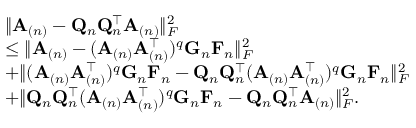
\begin{array} { r l } & { \| \mathbf { A } _ { ( n ) } - \mathbf { Q } _ { n } \mathbf { Q } _ { n } ^ { \top } \mathbf { A } _ { ( n ) } \| _ { F } ^ { 2 } } \\ & { \leq \| \mathbf { A } _ { ( n ) } - ( \mathbf { A } _ { ( n ) } \mathbf { A } _ { ( n ) } ^ { \top } ) ^ { q } \mathbf { G } _ { n } \mathbf { F } _ { n } \| _ { F } ^ { 2 } } \\ & { + \| ( \mathbf { A } _ { ( n ) } \mathbf { A } _ { ( n ) } ^ { \top } ) ^ { q } \mathbf { G } _ { n } \mathbf { F } _ { n } - \mathbf { Q } _ { n } \mathbf { Q } _ { n } ^ { \top } ( \mathbf { A } _ { ( n ) } \mathbf { A } _ { ( n ) } ^ { \top } ) ^ { q } \mathbf { G } _ { n } \mathbf { F } _ { n } \| _ { F } ^ { 2 } } \\ & { + \| \mathbf { Q } _ { n } \mathbf { Q } _ { n } ^ { \top } ( \mathbf { A } _ { ( n ) } \mathbf { A } _ { ( n ) } ^ { \top } ) ^ { q } \mathbf { G } _ { n } \mathbf { F } _ { n } - \mathbf { Q } _ { n } \mathbf { Q } _ { n } ^ { \top } \mathbf { A } _ { ( n ) } \| _ { F } ^ { 2 } . } \end{array}